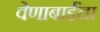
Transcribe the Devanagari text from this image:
वेणाबाईंचा